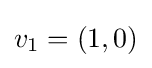
v_{1}=(1,0)